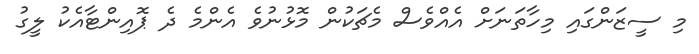
މި ސީޒަންގައި މިހާތަނަށް އެއްވެސް މެޗަކުން މޮޅުނުވެ އެންމެ ދެ ޕޮއިންޓާއެކު ލީގު